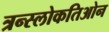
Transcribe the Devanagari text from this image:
त्रन्स्लोकतिओन